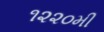
૧૨૨૦મી